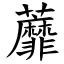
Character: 蘼